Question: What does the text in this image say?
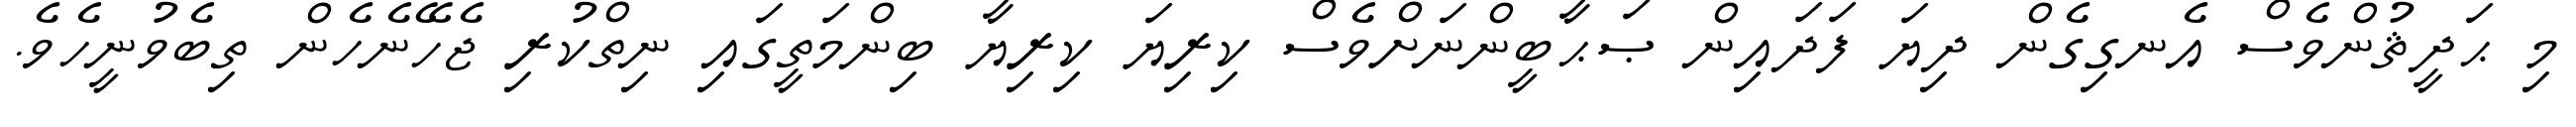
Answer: މި ޙަދީޘުންވެސް އެނގިގެން ދިޔަ ފަދައިން ޞަޙާބީންނަށްވެސް ކިރިޔަ ކިރިޔާ ބިންމަތީގައި ނިތްކުރި ޖެހޭނެހެން ތިބެވުނީހެވެ.